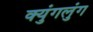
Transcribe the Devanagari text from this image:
क्युंगलुंग